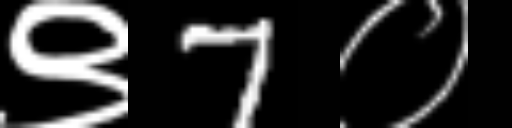
Text: ९7०